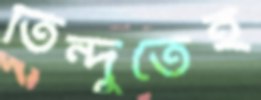
তিন্দুতেই